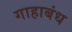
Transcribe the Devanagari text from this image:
गाहाबंध